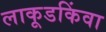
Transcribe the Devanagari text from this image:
लाकूडकिंवा